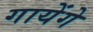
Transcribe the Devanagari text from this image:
गायेंगे